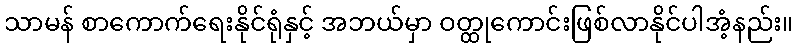
သာမန် စာကောက်ရေးနိုင်ရုံနှင့် အဘယ်မှာ ဝတ္ထုကောင်းဖြစ်လာနိုင်ပါအံ့နည်း။